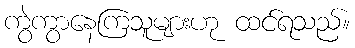
ကွဲကွာနေကြသူများဟု ထင်ရသည်။